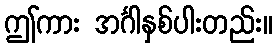
ဤကား အင်္ဂါနှစ်ပါးတည်း။